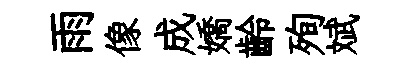
雨像成嬌齡殉斌